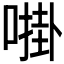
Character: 𫫔